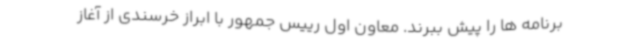
برنامه ها را پیش ببرند. معاون اول رییس جمهور با ابراز خرسندی از آغاز